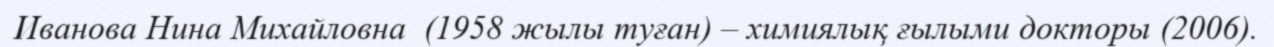
Иванова Нина Михайловна  (1958 жылы туған) – химиялық ғылыми докторы (2006).